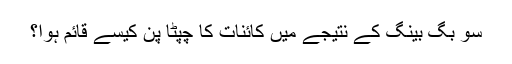
سو بگ بینگ کے نتیجے میں کائنات کا چپٹا پن کیسے قائم ہوا؟